Trukikaitis_Postimees, lk 83
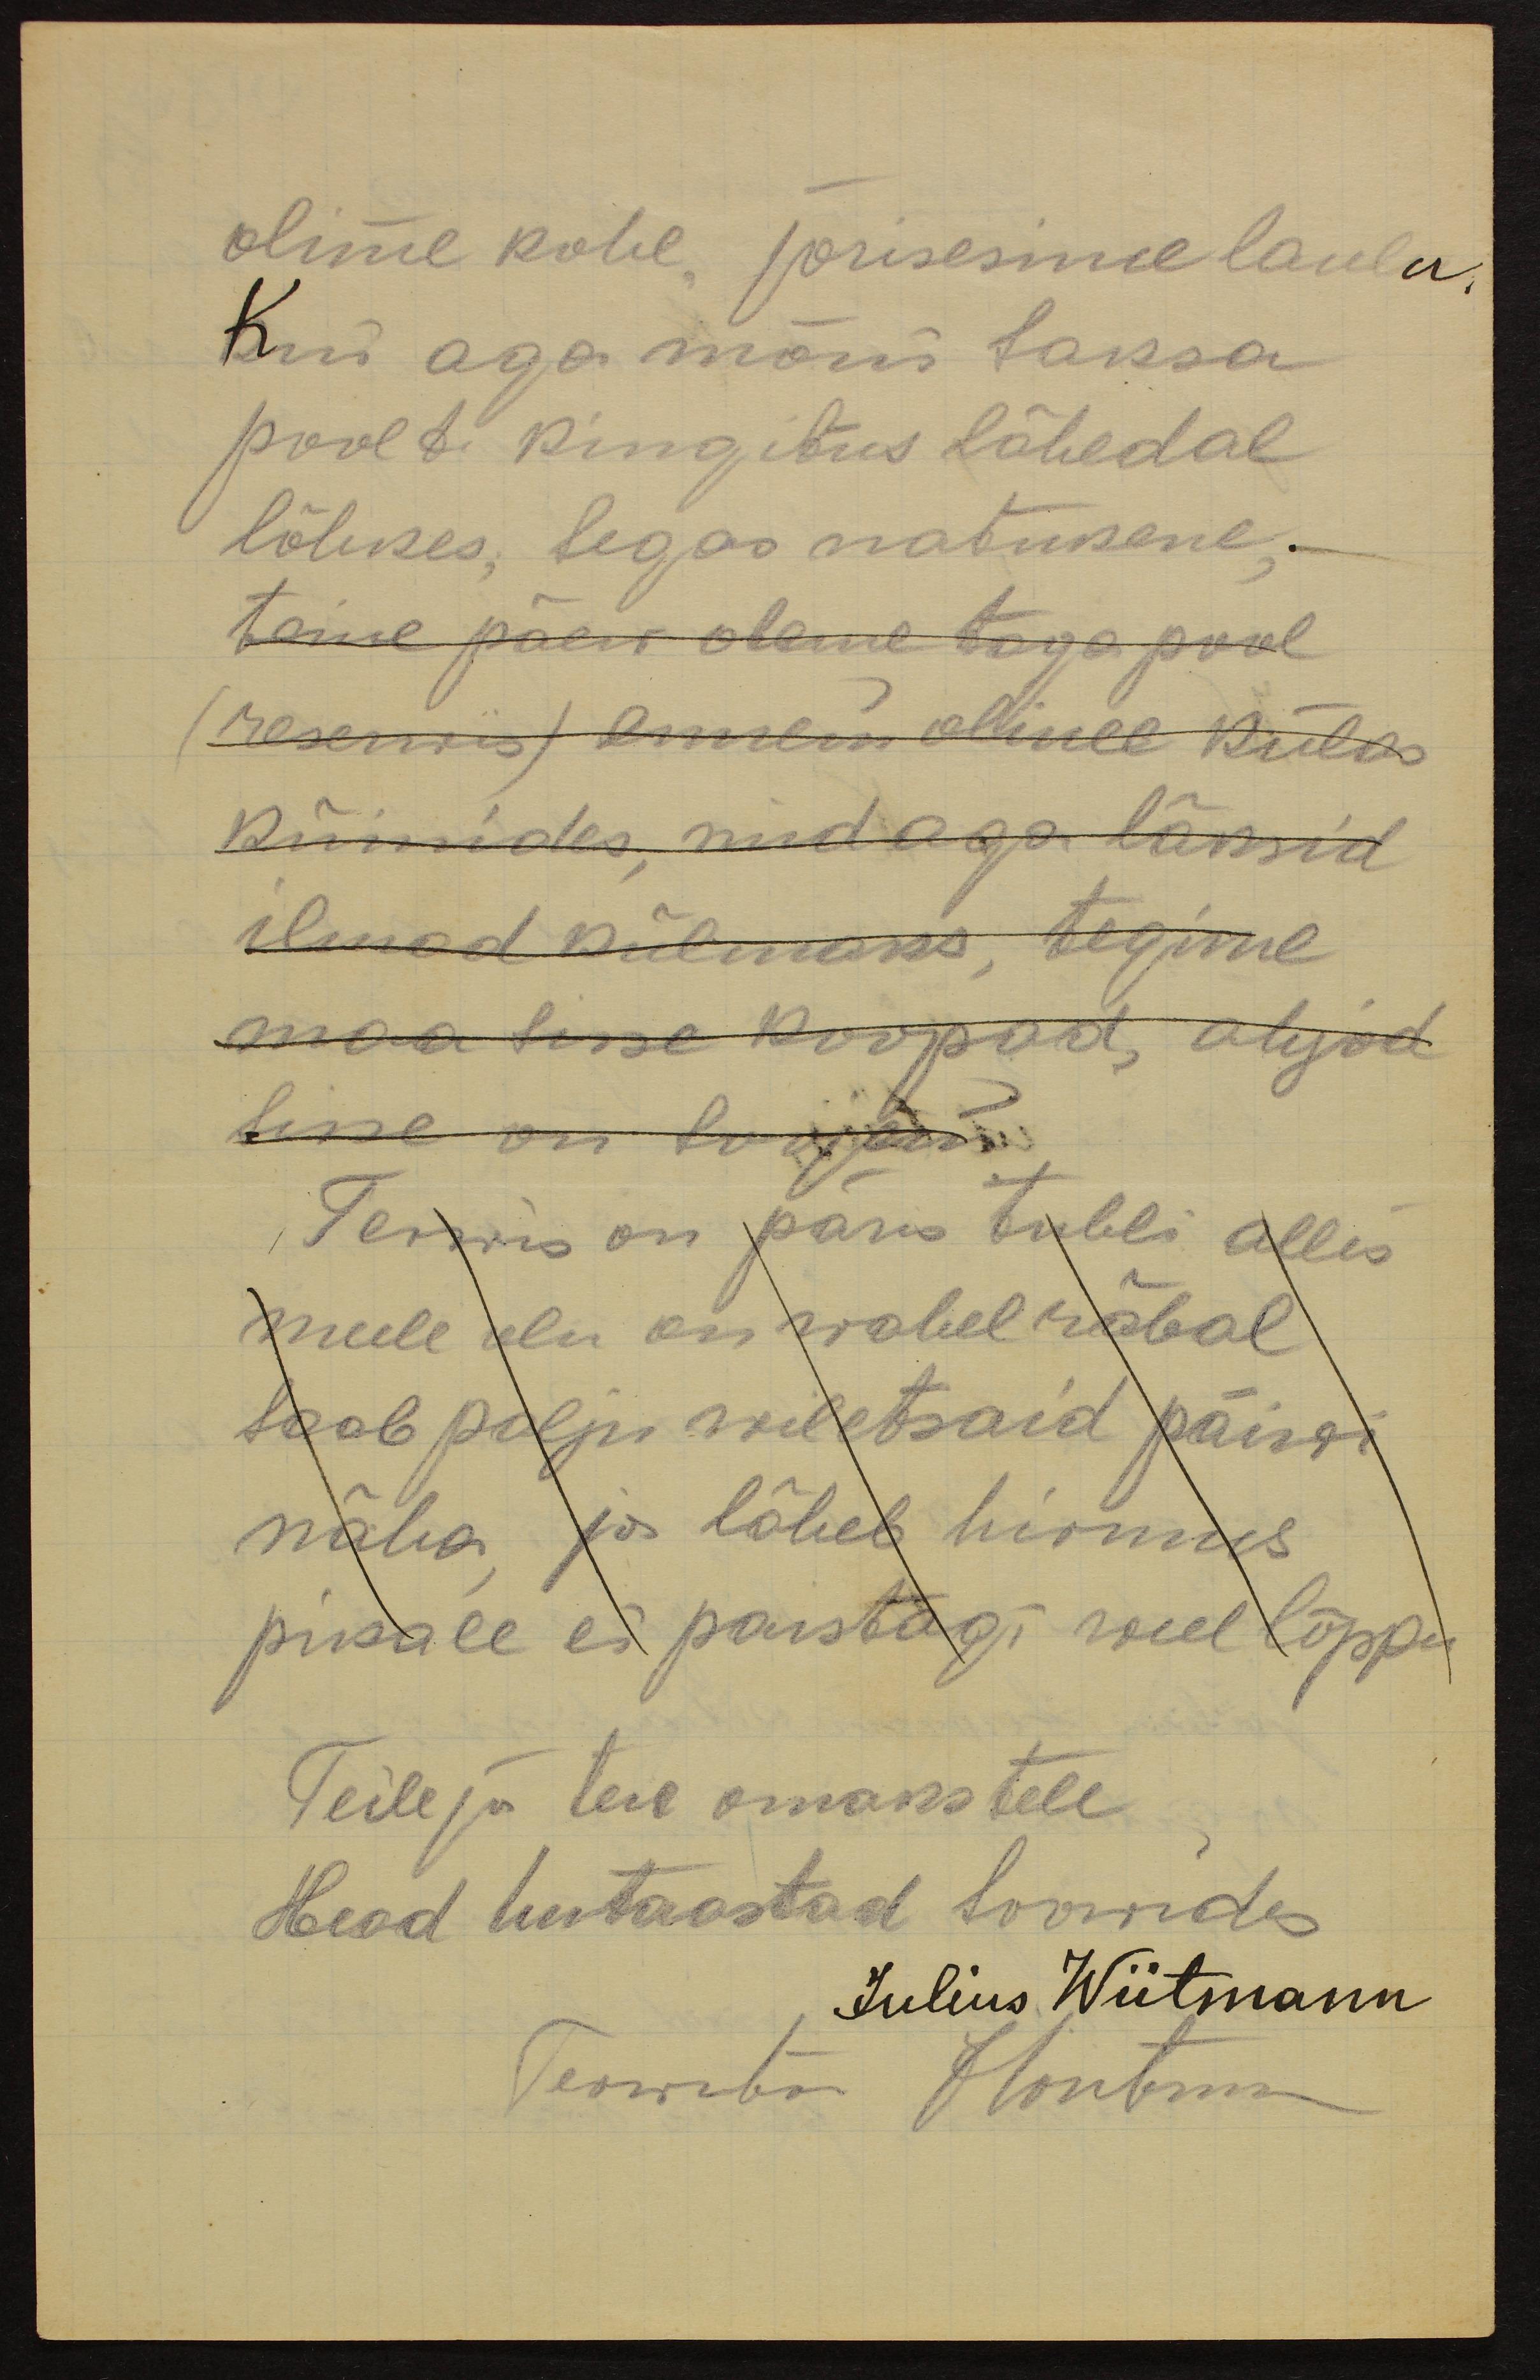
olime kohe, jorisesime laulu,
Kui aga mõni saksa
poolt kingitus lähedal
lõhkes, segas natukene,
teine päew oleme taga pool
(reserwis) ennem olime külas
Küünides, nüd aga läksid
ilmad külmaks, tegime
maa sisse koopad, ahjud
sisse on soojem
Terwis on päris tubli alles
meele olu on wahel räbal
saab palju wiletsaid päiwi
näha, ja läheb hirmus
pikale ei paistagi weel lõppu
Teile ja teie omakstele
Head uut aastad soowides
Julius Wiitmann
Teowson Hontokon